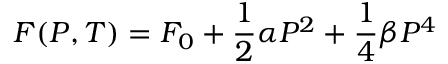
F ( P , T ) = F _ { 0 } + \frac { 1 } { 2 } \alpha P ^ { 2 } + \frac { 1 } { 4 } \beta P ^ { 4 }